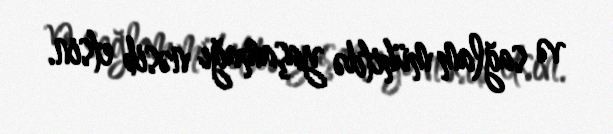
və sağlam mühitdə yaşamağı nəsib etsin.